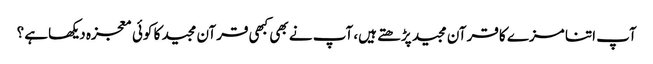
آپ اتنا مزے کا قرآن مجید پڑھتے ہیں، آپ نے بھی کبھی قرآن مجید کا کوئی معجزہ دیکھاہے ؟